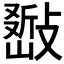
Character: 𢿚